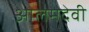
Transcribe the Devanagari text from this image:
आलमदेवी